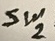
Text: Sw2